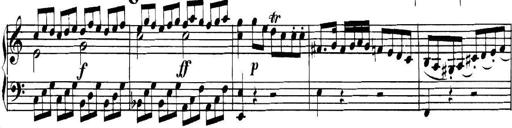
Title: Collected Piano Sonatas
Composer: Muzio Clementi